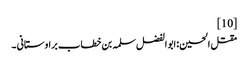
[10]
مقتل الحسین :ابو الفضل سلمہ بن خطاب براوستانی ۔